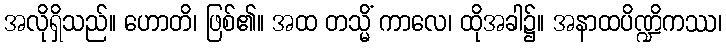
အလိုရှိသည်။ ဟောတိ၊ ဖြစ်၏။ အထ တသ္မိံ ကာလေ၊ ထိုအခါ၌။ အနာထပိဏ္ဍိကဿ၊